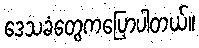
ဒေသခံတွေကပြောပါတယ်။